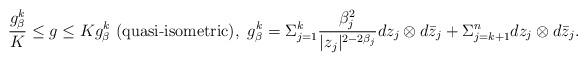
LaTeX: \begin{align*}\frac{g^{k}_{\beta}}{K}\leq g\leq Kg^{k}_{\beta}\ (\textrm{quasi-isometric}),\ g^{k}_{\beta}=\Sigma_{j=1}^{k}\frac{\beta_{j}^{2}}{|z_{j}|^{2-2\beta_{j}}}dz_{j}\otimes d\bar{z}_{j}+\Sigma_{j=k+1}^{n}dz_{j}\otimes d\bar{z}_{j}.\end{align*}